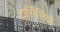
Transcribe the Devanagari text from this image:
टार्सिसियो